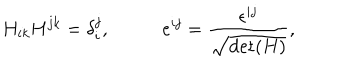
LaTeX: H _ { i k } H ^ { j k } = \delta _ { i } ^ { j } , \; e ^ { i j } = \frac { \epsilon ^ { i j } } { \sqrt { \mathrm { d e t } ( H ) } } ,